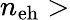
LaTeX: n_{\mathrm{eh}}>